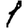
Digit: 1